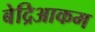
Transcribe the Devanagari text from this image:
बेद्रिआकम